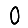
Digit: 0